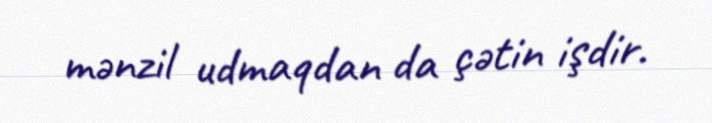
mənzil udmaqdan da çətin işdir.